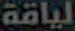
لياقة